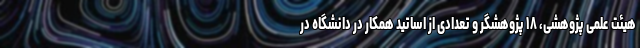
هیئت علمی پژوهشی، ۱۸ پژوهشگر و تعدادی از اساتید همکار در دانشگاه در